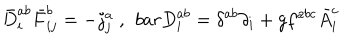
\bar { D } _ { i } ^ { a b } \bar { F } _ { i j } ^ { b } = - j _ { j } ^ { a } \; , \ \, b a r { D } _ { i } ^ { a b } = \delta ^ { a b } \partial _ { i } + g f ^ { a b c } \bar { A } _ { i } ^ { c }